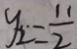
y _ { 2 } = \frac { 1 1 } { 2 }